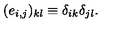
( e _ { i , j } ) _ { k l } \equiv \delta _ { i k } \delta _ { j l } .